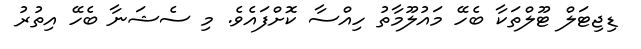
ޑިޖިޓަލް ޓޫލްތަކާ ބެހޭ މައުލޫމާތު ހިއްސާ ކޮށްފައެެވެ. މި ސެޝަނާ ބެހޭ އިތުރު